Rangoon Lunatic Asylum 1878-1892 - 1878-1892
Year: 1878
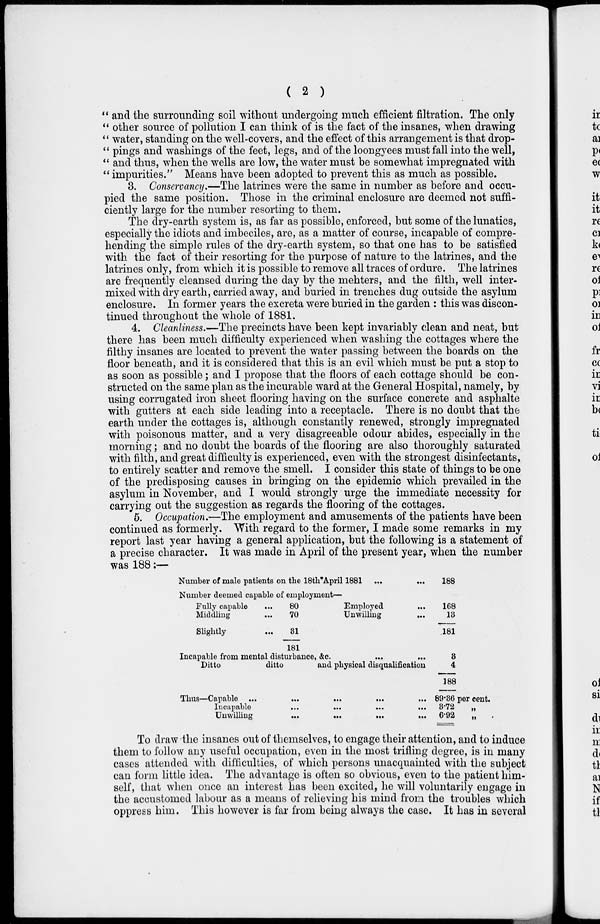
( 2 )
" and the surrounding soil without undergoing much efficient filtration. The only
" other source of pollution I can think of is the fact of the insanes, when drawing
" water, standing on the well-covers, and the effect of this arrangement is that drop-
" pings and washings of the feet, legs, and of the loongyees must fall into the well,
" and thus, when the wells are low, the water must be somewhat impregnated with
" impurities." Means have been adopted to prevent this as much as possible.
3. Conservancy.—The latrines were the same in number as before and occu-
pied the same position. Those in the criminal enclosure are deemed not suffi-
ciently large for the number resorting to them.
The dry-earth system is, as far as possible, enforced, but some of the lunatics,
especially the idiots and imbeciles, are, as a matter of course, incapable of compre-
hending the simple rules of the dry-earth system, so that one has to be satisfied
with the fact of their resorting for the purpose of nature to the latrines, and the
latrines only, from which it is possible to remove all traces of ordure. The latrines
are frequently cleansed during the day by the mehters, and the filth, well inter-
mixed with dry earth, carried away, and buried in trenches dug outside the asylum
enclosure. In former years the excreta were buried in the garden : this was discon-
tinued throughout the whole of 1881.
4. Cleanliness.—The precincts have been kept invariably clean and neat, but
there has been much difficulty experienced when washing the cottages where the
filthy insanes are located to prevent the water passing between the boards on the
floor beneath, and it is considered that this is an evil which must be put a stop to
as soon as possible ; and I propose that the floors of each cottage should be con-
structed on the same plan as the incurable ward at the General Hospital, namely, by
using corrugated iron sheet flooring having on the surface concrete and asphalte
with gutters at each side leading into a receptacle. There is no doubt that the
earth under the cottages is, although constantly renewed, strongly impregnated
with poisonous matter, and a very disagreeable odour abides, especially in the
morning; and no doubt the boards of the flooring are also thoroughly saturated
with filth, and great difficulty is experienced, even with the strongest disinfectants,
to entirely scatter and remove the smell. I consider this state of things to be one
of the predisposing causes in bringing on the epidemic which prevailed in the
asylum in November, and I would strongly urge the immediate necessity for
carrying out the suggestion as regards the flooring of the cottages.
5. Occupation.—The employment and amusements of the patients have been
continued as formerly. With regard to the former, I made some remarks in my
report last year having a general application, but the following is a statement of
a precise character. It was made in April of the present year, when the number
was 188:—
Number of male patients on the 18th*April 1881 ... ...
Number deemed capable of employment—
Fully capable ...
Middling ...
Slightly ...
80
70
31
181
Employed ...
Unwilling ...
Incapable from mental disturbance, &c.
...
...
Ditto
ditto
and physical disqualification
Thus—Capable ...
...
...
...
..
Incapable
...
...
...
...
Unwilling
...
...
...
...
188
168
13
181
3
4
188
89.36 per cent.
3.72 „
6.92
„
To draw the insanes out of themselves, to engage their attention, and to induce
them to follow any useful occupation, even in the most trifling degree, is in many
cases attended with difficulties, of which persons unacquainted with the subject
can form little idea. The advantage is often so obvious, even to the patient him-
self, that when once an interest has been excited, he will voluntarily engage in
the accustomed labour as a means of relieving his mind from the troubles which
oppress him. This however is far from being always the case. It has in several